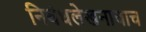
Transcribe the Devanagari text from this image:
निबंधलेखनाचाच